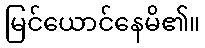
မြင်ယောင်နေမိ၏။